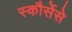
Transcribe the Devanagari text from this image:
स्कौर्सेसे